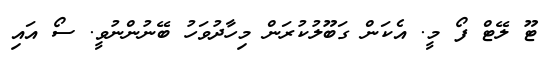
ޓޫ ލޭޓް ފޯ މީ. އެކަން ގަބޫލުކުރަން މިހާދުވަހު ބޭނުންނުވީ. ސޯ އައި